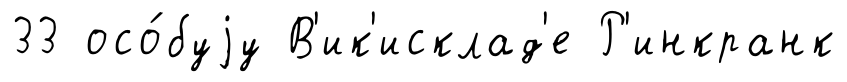
33 осо́буjу В'ик'исклад'е Р'инкранк